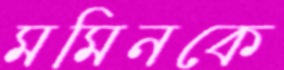
মমিনকে